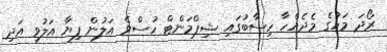
ރޯދަ މަހުގެ މެދެއްހާ ހިސާބުގައި ޝިޕްމަންޓް ހުސްވެ އަލުން ފިޔާ އަލުވި އަދި